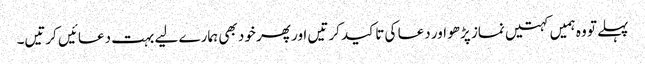
پہلے تو وہ ہمیں کہتیں نماز پڑھو اور دعا کی تاکید کرتیں اور پھر خود بھی ہمارے لیے بہت دعائیں کرتیں۔